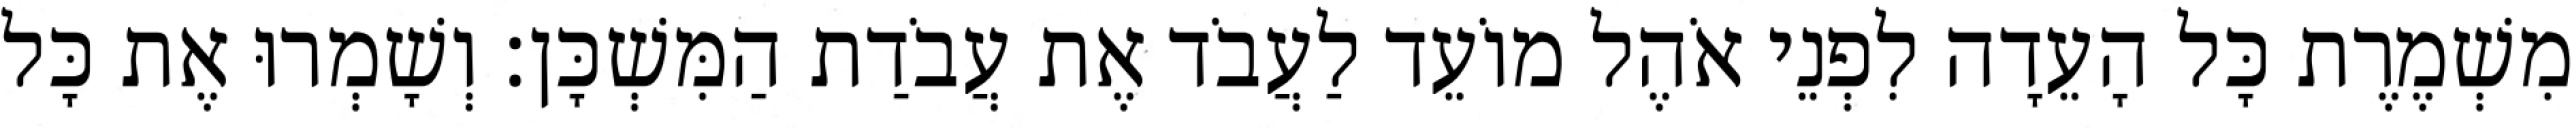
מִשְׁמֶרֶת כָּל הָעֵדָה לִפְנֵי אֹהֶל מוֹעֵד לַעֲבֹד אֶת עֲבֹדַת הַמִּשְׁכָּן׃ וְשָׁמְרוּ אֶת כָּל